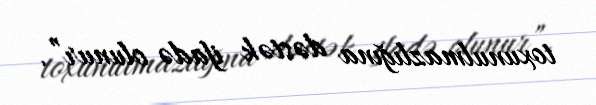
toxunulmazlığına dəstək ifadə olunur”.